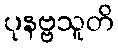
ပုနဗ္ဗသူတိ